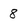
Character: 8